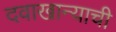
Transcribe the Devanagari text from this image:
दवाखान्याची